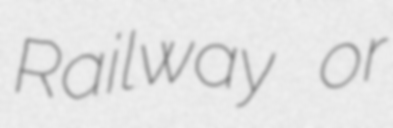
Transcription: Railway or